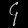
Digit: ၄